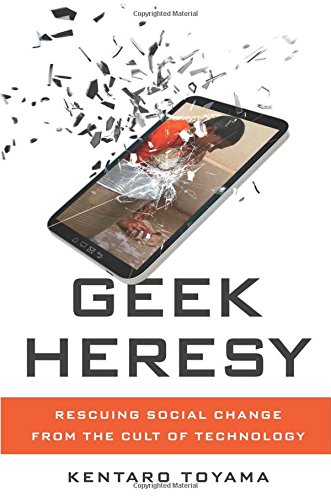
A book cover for Geek Heresy: Rescuing Social Change from the Cult of Technology; Kentaro Toyama; Business & Money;